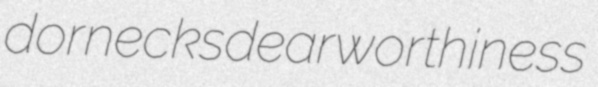
dornecks dearworthiness